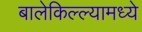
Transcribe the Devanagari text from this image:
बालेकिल्ल्यामध्ये